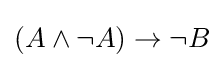
(A\land \neg A)\to \neg B